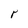
Character: r